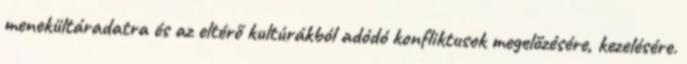
menekültáradatra és az eltérő kultúrákból adódó konfliktusok megelőzésére, kezelésére.